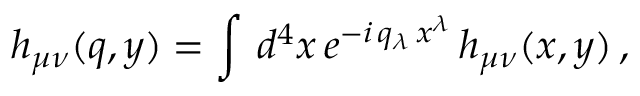
h _ { \mu \nu } ( q , y ) = \int \, d ^ { 4 } x \, e ^ { - i \, q _ { \lambda } \, x ^ { \lambda } } \, h _ { \mu \nu } ( x , y ) \, ,